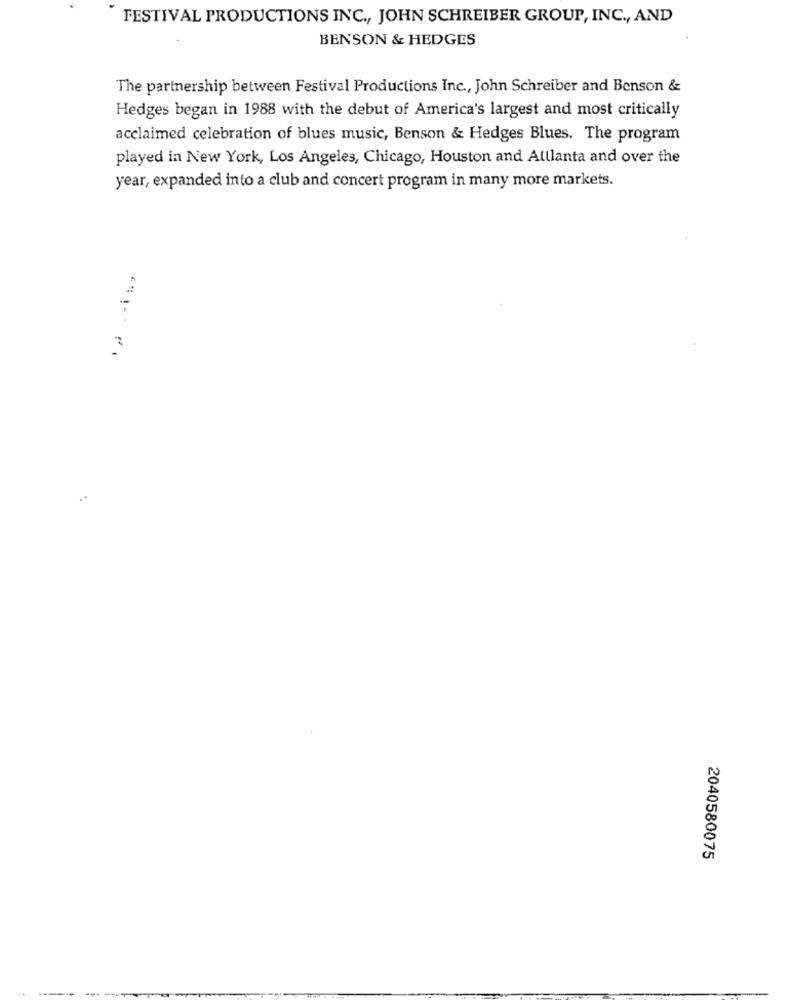
FESTIVAL PRODUCTIONS INC ., JOHN SCHREIBER GROUP, INC ., AND
BENSON & HEDGES
The partnership between Festival Productions Inc ., John Schreiber and Benson &
Hedges began in 1988 with the debut of America's largest and most critically
acclaimed celebration of blues music, Benson & Hedges Blues. The program
played in New York, Los Angeles, Chicago, Houston and Alllanta and over the
year, expanded into a club and concert program in many more markets.
-
2040580075